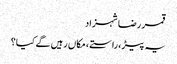
قمر رضا شہزاد
یہ پیڑ ، راستے ، مکاں رہیں گے کیا؟